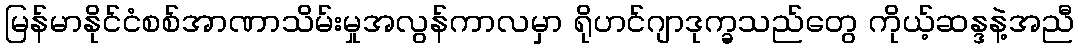
မြန်မာနိုင်ငံစစ်အာဏာသိမ်းမှုအလွန်ကာလမှာ ရိုဟင်ဂျာဒုက္ခသည်တွေ ကိုယ့်ဆန္ဒနဲ့အညီ